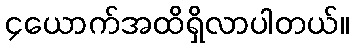
၄ယောက်အထိရှိလာပါတယ်။